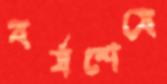
বর্ষশেষে